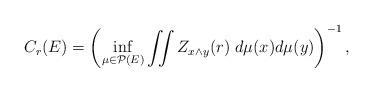
LaTeX: \begin{align*}C_r(E)=\left(\inf_{\mu\in \mathcal{P}(E)}\iint Z_{x\land y}(r)\;d\mu(x)d\mu(y)\right)^{-1},\end{align*}